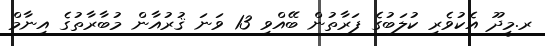
ރ.މީދޫ އެކުވެރި ކުލަބުގެ ފަރާތުން ބޭއްވި 13 ވަނަ ޤުރުއާން މުބާރާތުގެ އިނާމް